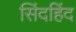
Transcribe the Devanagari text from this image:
सिंदहिंद